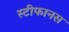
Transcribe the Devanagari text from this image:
स्टीफानस